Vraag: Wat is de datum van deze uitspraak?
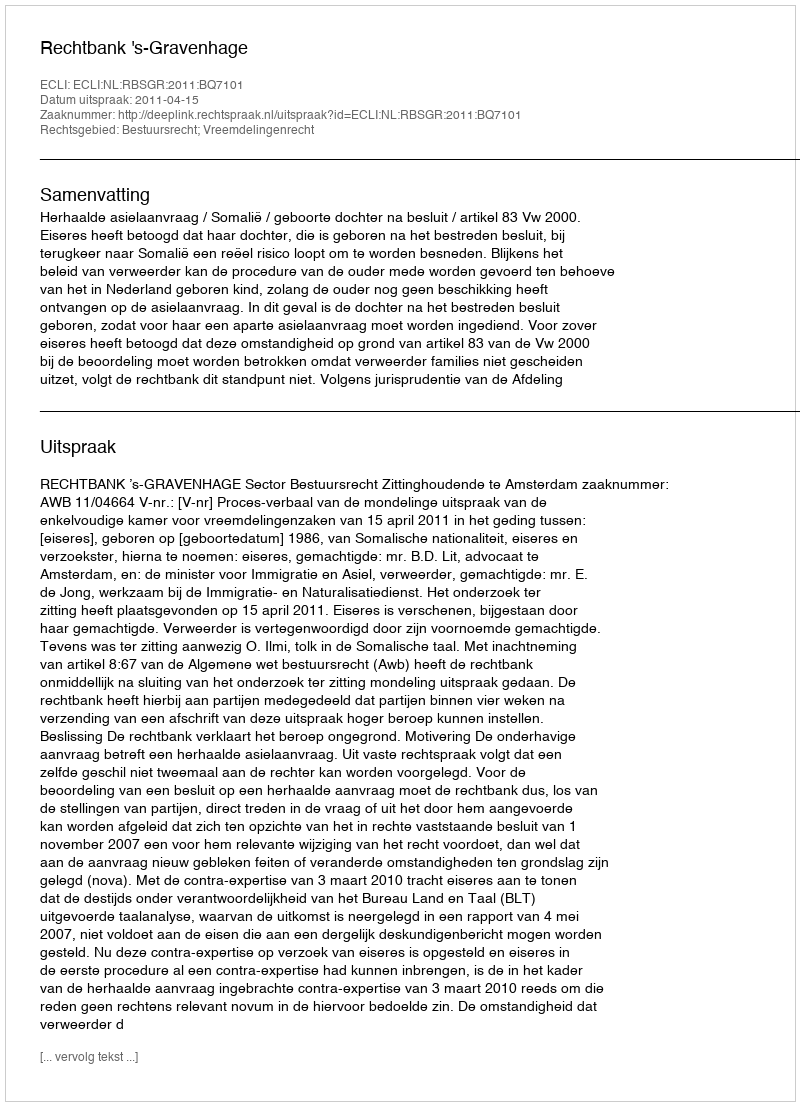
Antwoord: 2011-04-15